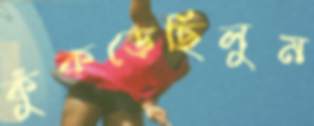
কুঁকড়েছিলুম